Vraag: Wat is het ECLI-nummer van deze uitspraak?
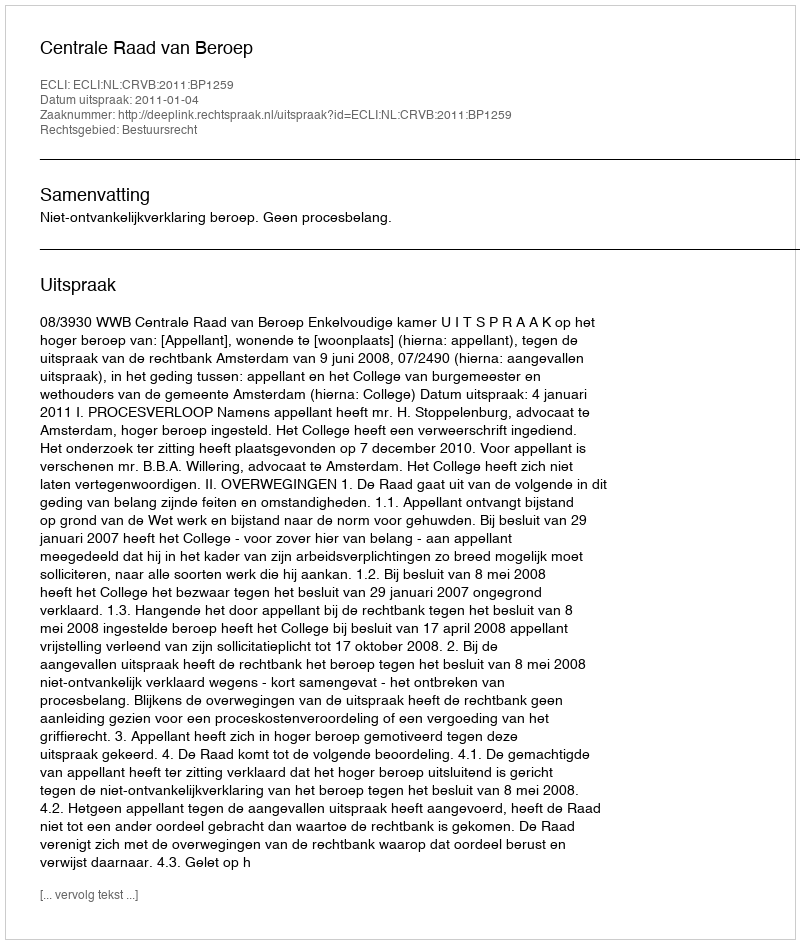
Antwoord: ECLI:NL:CRVB:2011:BP1259